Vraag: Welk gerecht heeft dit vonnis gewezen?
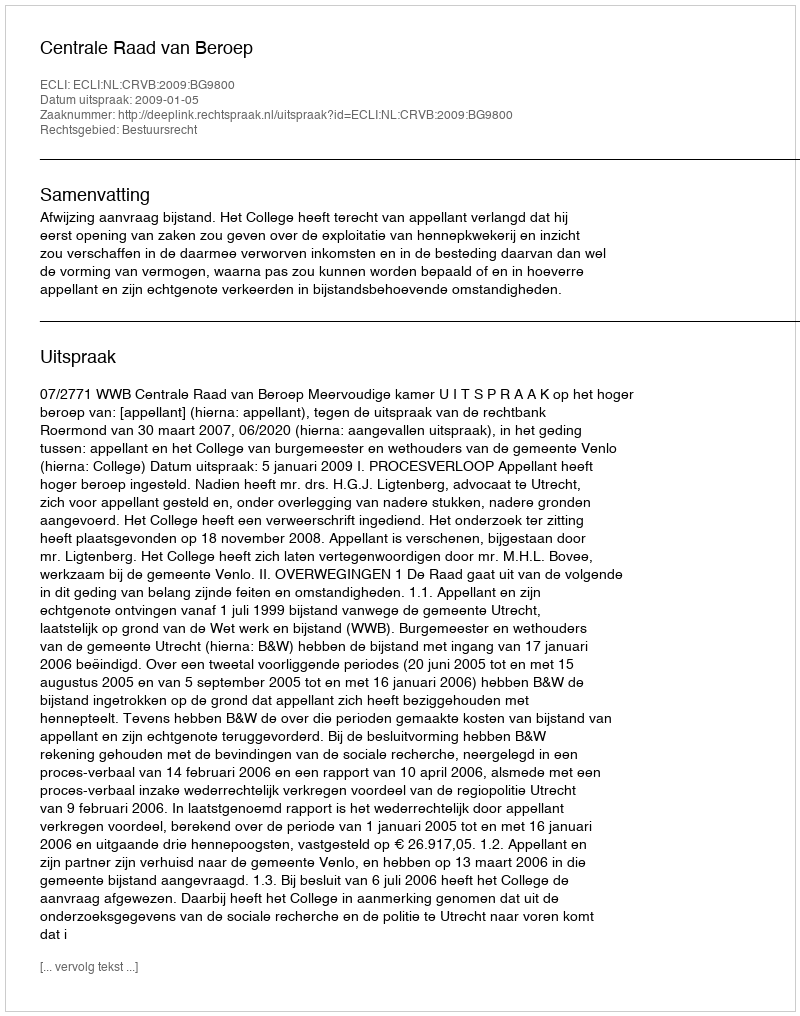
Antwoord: Centrale Raad van Beroep